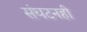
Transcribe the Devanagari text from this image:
संघटनही